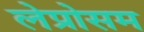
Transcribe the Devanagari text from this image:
लेप्रोसम